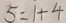
5 = 1 + 4